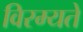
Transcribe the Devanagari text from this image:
विरम्यते